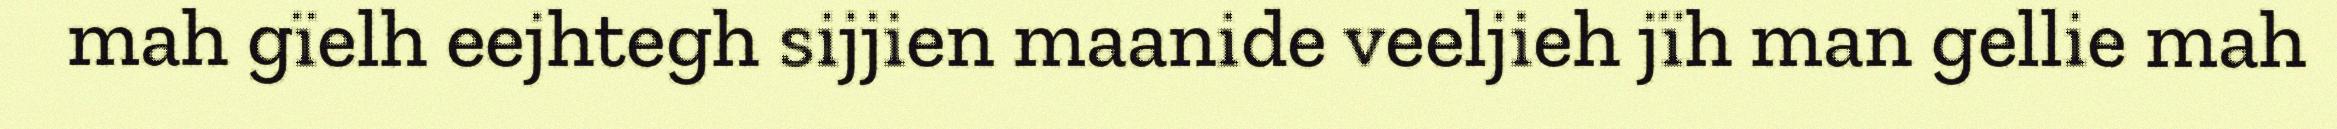
mah gïelh eejhtegh sijjien maanide veeljieh jïh man gellie mah